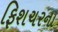
ફિશચરના